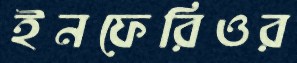
ইনফেরিওর